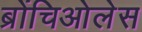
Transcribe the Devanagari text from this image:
ब्रोंचिओलेस